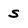
Character: s